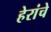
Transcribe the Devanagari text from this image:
हेरांचे